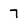
Character: 7